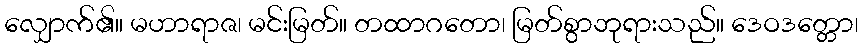
လျှောက်၏။ မဟာရာဇ၊ မင်းမြတ်။ တထာဂတော၊ မြတ်စွာဘုရားသည်။ ဒေဝဒတ္တော၊